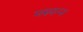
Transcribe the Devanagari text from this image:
मरुपन्न